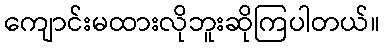
ကျောင်းမထားလိုဘူးဆိုကြပါတယ်။